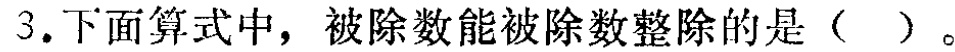
3.下面算式中，被除数能被除数整除的是（  ）。